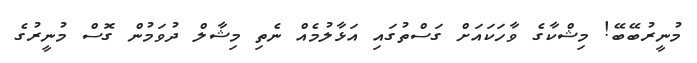
މުނީރުބޭބޭ! މިޝްކާގެ ވާހަކައަށް ގަސްތުގައި އަޅާލުމެއް ނެތި މިޝާލް ދުވަމުން ގޮސް މުނީރުގެ